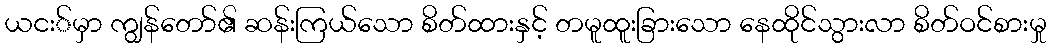
ယငး်မှာ ကျွန်တော်၏ ဆန်းကြယ်သော စိတ်ထားနှင့် တမူထူးခြားသော နေထိုင်သွားလာ စိတ်ဝင်စားမှု